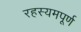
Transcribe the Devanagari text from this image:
रहस्यमपूर्ण